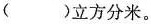
( )立方分米。